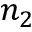
n _ { 2 }